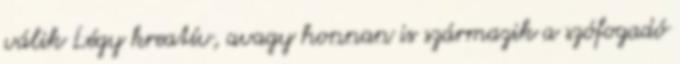
válik Légy kreatív, avagy honnan is származik a szófogadó